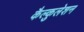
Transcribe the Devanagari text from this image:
कैल्कुलेशन